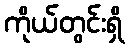
ကိုယ်တွင်းရှိ